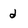
Character: d